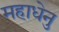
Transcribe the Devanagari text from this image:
महाधेनु